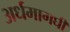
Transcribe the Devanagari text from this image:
अर्धमागघी